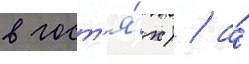
в гост'я́х) / а́